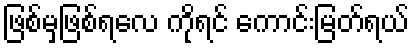
ဖြစ်မှဖြစ်ရလေ ကိုရင် ကောင်းမြတ်ရယ်